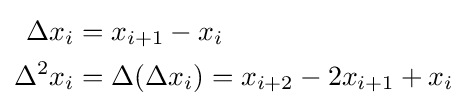
{\begin{aligned}\Delta x_{i}&=x_{i+1}-x_{i}\\\Delta ^{2}x_{i}&=\Delta (\Delta x_{i})=x_{i+2}-2x_{i+1}+x_{i}\end{aligned}}